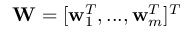
\mathbf { W } = [ \mathbf { w } _ { 1 } ^ { T } , . . . , \mathbf { w } _ { m } ^ { T } ] ^ { T }